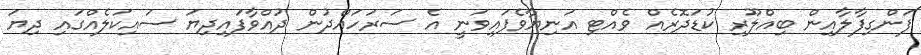
ފަންގިފާލާއިން ބިއްލޫރި ކުޑަދޮރެއް ވެއްޓި އަނިޔާވެފައިވަނީ އެ ސަރަހައްދުން ދުއްވާފައިދިޔަ ސައިކަލެއްގައި ދިޔަ